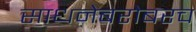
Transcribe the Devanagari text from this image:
साधनेबरोबरच